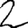
Digit: 2